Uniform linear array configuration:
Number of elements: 4
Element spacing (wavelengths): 0.75
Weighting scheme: exponential
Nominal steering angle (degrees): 60
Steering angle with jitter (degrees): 60.503
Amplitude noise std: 0.05
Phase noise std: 0.05

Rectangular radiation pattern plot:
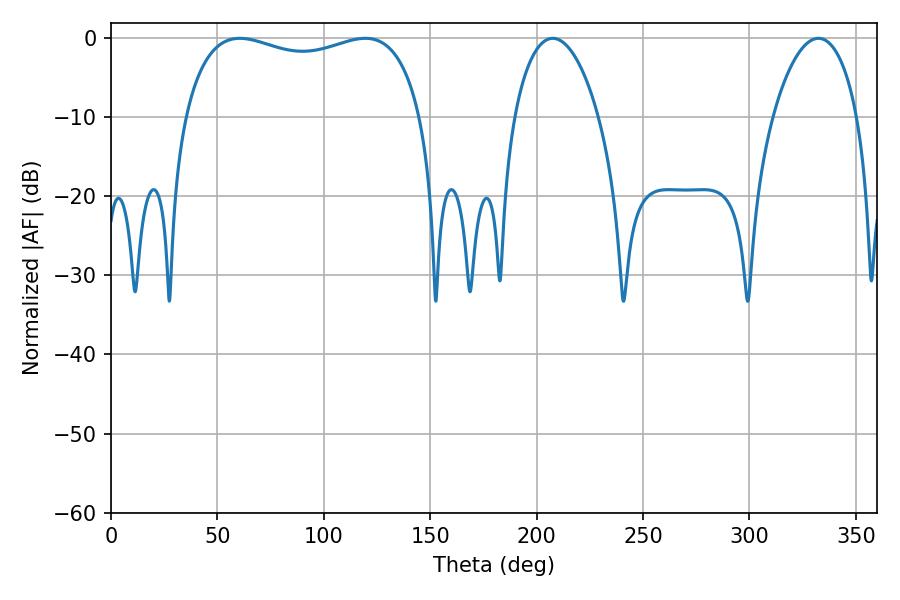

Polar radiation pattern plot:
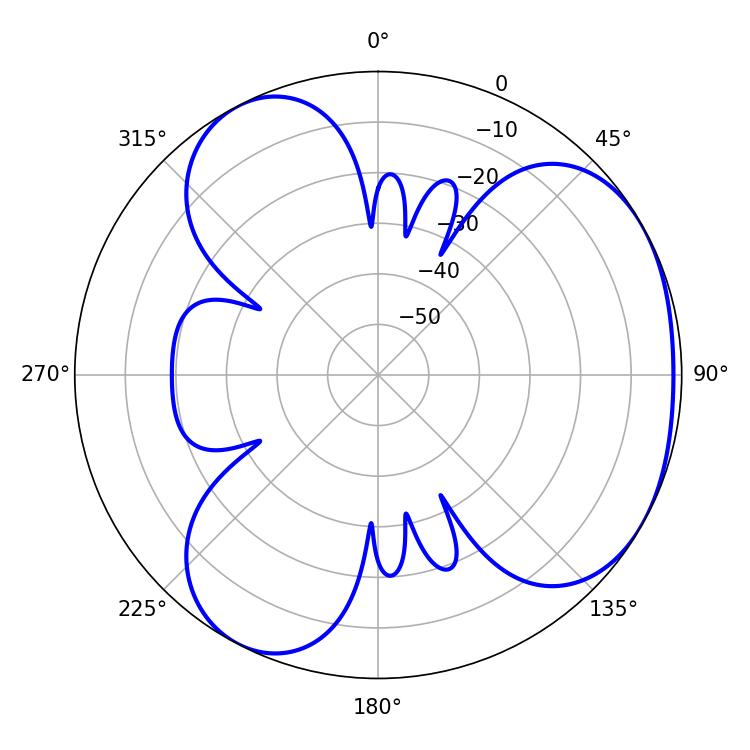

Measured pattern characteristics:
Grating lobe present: TRUE
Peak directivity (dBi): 3.706
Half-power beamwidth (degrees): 91.44
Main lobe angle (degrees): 60.48